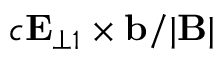
c \mathbf { E } _ { \perp 1 } \times \mathbf { b } / \vert \mathbf { B } \vert